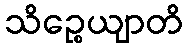
သိဉ္စေယျာတိ